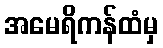
အမေရိကန်ထံမှ